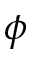
\phi